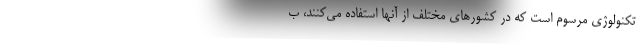
تکنولوژی مرسوم است که در کشورهای مختلف از آنها استفاده می‌کنند، ب